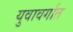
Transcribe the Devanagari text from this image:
युवावर्गात